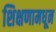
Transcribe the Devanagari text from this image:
शिक्षणामधून